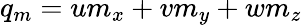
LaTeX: q_{m}=um_{x}+vm_{y}+wm_{z}